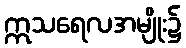
ဣသရေလအမျိုး၌